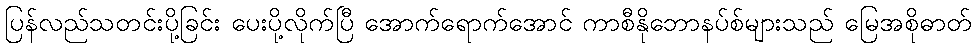
ပြန်လည်သတင်းပို့ခြင်း ပေးပို့လိုက်ပြီ အောက်ရောက်အောင် ကာစီနိုဘောနပ်စ်များသည် မြေအစိုဓာတ်